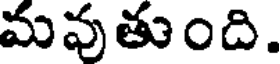
మవుతుంది.